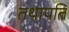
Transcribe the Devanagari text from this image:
तथापति